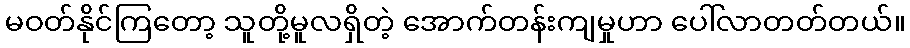
မဝတ်နိုင်ကြတော့ သူတို့မူလရှိတဲ့ အောက်တန်းကျမှုဟာ ပေါ်လာတတ်တယ်။